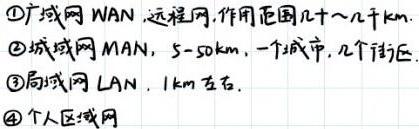
\begin{enumerate}
\item 广域网 WAN，远程网，作用范围几十～几千 km.
\item 城域网 MAN，5 - 50km，一个城市，几个街区.
\item 局域网 LAN，1km 左右.
\item 个人区域网
\end{enumerate}